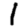
Digit: 1